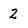
Character: 2